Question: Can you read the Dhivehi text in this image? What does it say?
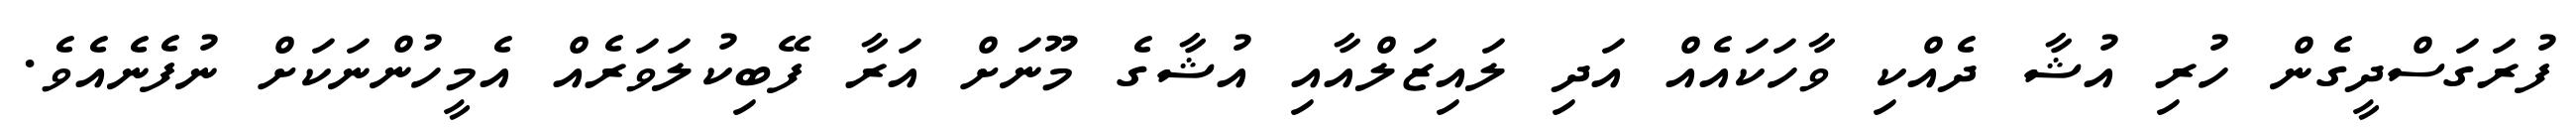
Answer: ފުރަގަސްދީގެން ހުރި އުޝާ ދެއްކި ވާހަކައެއް އަދި ލައިޒަލްއާއި އުޝާގެ މޫނަށް އަރާ ފޭބިކުލަވަރެއް އެމީހުންނަކަށް ނުފެނެއެވެ.